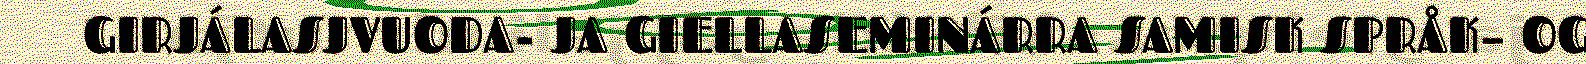
GIRJÁLASJVUODA- JA GIELLASEMINÁRRA SAMISK SPRÅK– OG